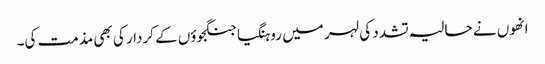
انھوں نے حالیہ تشدد کی لہر میں روہنگیا جنگجوؤں کے کردار کی بھی مذمت کی۔